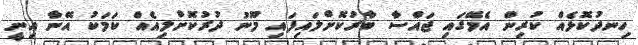
ހިނދުކޮޅެއް ކުރިން އެމޭގައި ޖައްސާ ބާރުކޮށްލައިފައި މޫނު ދުރުކޮށްލިއެއް ކަމަކު އޭނާ އިނީ